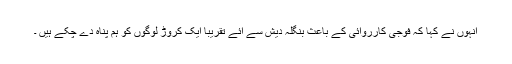
انہوں نے کہا کہ فوجی کارروائی کے باعث بنگلہ دیش سے آئے تقریبا ایک کروڑ لوگوں کو ہم پناہ دے چکے ہیں ۔